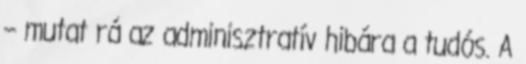
– mutat rá az adminisztratív hibára a tudós. A